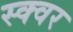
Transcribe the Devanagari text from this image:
स्क्वर